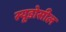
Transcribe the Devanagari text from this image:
स्यूडोसील